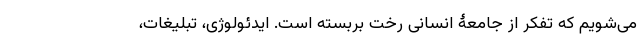
می‌شویم که تفکر از جامعۀ انسانی رخت بربسته است. ایدئولوژی، تبلیغات،